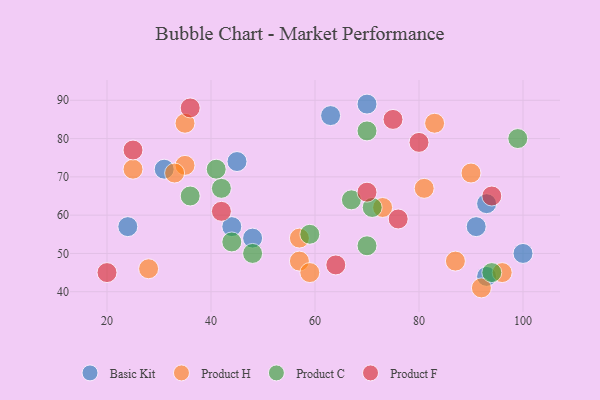
{"axis": {"x": "GDP", "y": "Life Expectancy"}, "legend": ["Basic Kit", "Product C", "Product F", "Product H"], "data": [{"x": "100", "y": 50, "type": "Basic Kit"}, {"x": "93", "y": 44, "type": "Basic Kit"}, {"x": "63", "y": 86, "type": "Basic Kit"}, {"x": "70", "y": 89, "type": "Basic Kit"}, {"x": "93", "y": 63, "type": "Basic Kit"}, {"x": "45", "y": 74, "type": "Basic Kit"}, {"x": "48", "y": 54, "type": "Basic Kit"}, {"x": "91", "y": 57, "type": "Basic Kit"}, {"x": "24", "y": 57, "type": "Basic Kit"}, {"x": "31", "y": 72, "type": "Basic Kit"}, {"x": "44", "y": 57, "type": "Basic Kit"}, {"x": "92", "y": 41, "type": "Product H"}, {"x": "57", "y": 54, "type": "Product H"}, {"x": "96", "y": 45, "type": "Product H"}, {"x": "57", "y": 48, "type": "Product H"}, {"x": "83", "y": 84, "type": "Product H"}, {"x": "87", "y": 48, "type": "Product H"}, {"x": "28", "y": 46, "type": "Product H"}, {"x": "25", "y": 72, "type": "Product H"}, {"x": "59", "y": 45, "type": "Product H"}, {"x": "73", "y": 62, "type": "Product H"}, {"x": "35", "y": 73, "type": "Product H"}, {"x": "35", "y": 84, "type": "Product H"}, {"x": "33", "y": 71, "type": "Product H"}, {"x": "81", "y": 67, "type": "Product H"}, {"x": "90", "y": 71, "type": "Product H"}, {"x": "94", "y": 45, "type": "Product C"}, {"x": "59", "y": 55, "type": "Product C"}, {"x": "70", "y": 82, "type": "Product C"}, {"x": "36", "y": 65, "type": "Product C"}, {"x": "71", "y": 62, "type": "Product C"}, {"x": "67", "y": 64, "type": "Product C"}, {"x": "48", "y": 50, "type": "Product C"}, {"x": "42", "y": 67, "type": "Product C"}, {"x": "41", "y": 72, "type": "Product C"}, {"x": "99", "y": 80, "type": "Product C"}, {"x": "44", "y": 53, "type": "Product C"}, {"x": "70", "y": 52, "type": "Product C"}, {"x": "25", "y": 77, "type": "Product F"}, {"x": "75", "y": 85, "type": "Product F"}, {"x": "80", "y": 79, "type": "Product F"}, {"x": "36", "y": 88, "type": "Product F"}, {"x": "94", "y": 65, "type": "Product F"}, {"x": "70", "y": 66, "type": "Product F"}, {"x": "20", "y": 45, "type": "Product F"}, {"x": "64", "y": 47, "type": "Product F"}, {"x": "76", "y": 59, "type": "Product F"}, {"x": "42", "y": 61, "type": "Product F"}]}